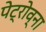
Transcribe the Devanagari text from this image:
पेट्रोव्ना